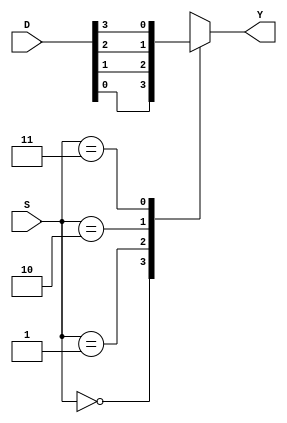
module mux4_1_behav(S,D,Y);
input [1:0]S; 
input [3:0]D;
output reg Y;
always @(*)
begin
case(S)
2'b00 : Y = D[0];
2'b01 : Y = D[1];
2'b10 : Y = D[2];
2'b11 : Y = D[3];
default : Y = 0;
endcase
end
endmodule